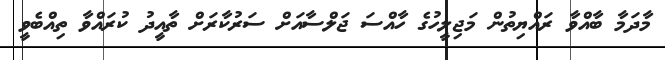
މާދަމާ ބާއްވާ ރައްޔިތުން މަޖިލީހުގެ ހާއްސަ ޖަލްސާއަށް ސަރުކާރަށް ތާއީދު ކުރައްވާ ތިއްބެވީ